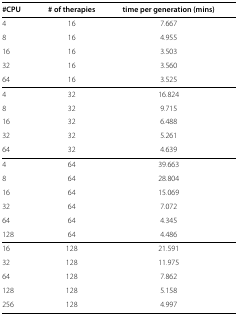
<table><thead><tr><td><b>#CPU</b></td><td><b># of therapies</b></td><td><b>time per generation (mins)</b></td></tr></thead><tbody><tr><td>4</td><td>16</td><td>7.667</td></tr><tr><td>8</td><td>16</td><td>4.955</td></tr><tr><td>16</td><td>16</td><td>3.503</td></tr><tr><td>32</td><td>16</td><td>3.560</td></tr><tr><td>64</td><td>16</td><td>3.525</td></tr><tr><td>4</td><td>32</td><td>16.824</td></tr><tr><td>8</td><td>32</td><td>9.715</td></tr><tr><td>16</td><td>32</td><td>6.488</td></tr><tr><td>32</td><td>32</td><td>5.261</td></tr><tr><td>64</td><td>32</td><td>4.639</td></tr><tr><td>4</td><td>64</td><td>39.663</td></tr><tr><td>8</td><td>64</td><td>28.804</td></tr><tr><td>16</td><td>64</td><td>15.069</td></tr><tr><td>32</td><td>64</td><td>7.072</td></tr><tr><td>64</td><td>64</td><td>4.345</td></tr><tr><td>128</td><td>64</td><td>4.486</td></tr><tr><td>16</td><td>128</td><td>21.591</td></tr><tr><td>32</td><td>128</td><td>11.975</td></tr><tr><td>64</td><td>128</td><td>7.862</td></tr><tr><td>128</td><td>128</td><td>5.158</td></tr><tr><td>256</td><td>128</td><td>4.997</td></tr></tbody></table>